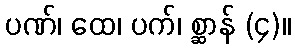
ပဏ်၊ ထေ၊ ပက်၊ စ္ဆာန် (၄)။